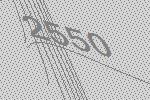
2550